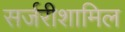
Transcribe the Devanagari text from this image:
सर्जरीशामिल